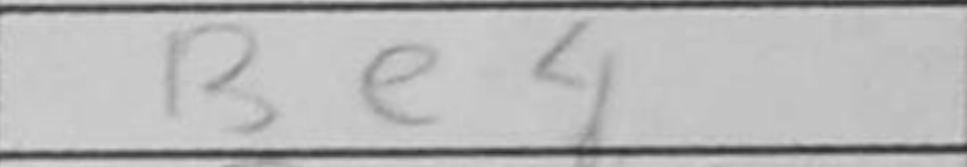
Transcription: Be4